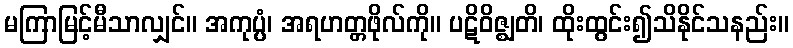
မကြာမြင့်မီသာလျှင်။ အကုပ္ပံ၊ အရဟတ္တဖိုလ်ကို။ ပဋိဝိဇ္ဈတိ၊ ထိုးထွင်း၍သိနိုင်သနည်း။